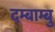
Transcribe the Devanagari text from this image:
दम्बाम्बु